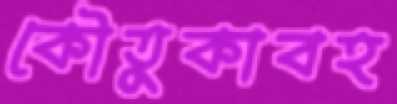
কৌতুকাবহ